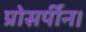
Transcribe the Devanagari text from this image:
प्रोसर्पीन।